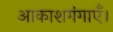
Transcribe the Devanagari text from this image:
आकाशगंगाएँ।